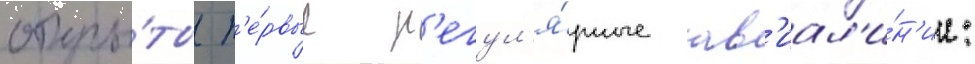
откры́ты п'е́рвые р'егул'я́рные ав'иал'и́н'ии: